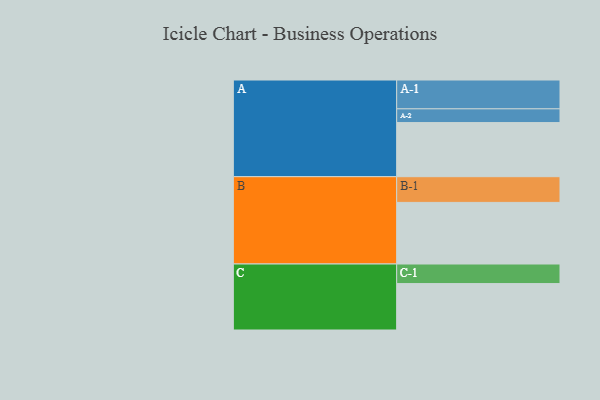
{"axis": {"x": "Segment", "y": "Value"}, "legend": ["", "A", "B", "C"], "data": [{"x": "A", "y": 520, "type": ""}, {"x": "B", "y": 592, "type": ""}, {"x": "C", "y": 446, "type": ""}, {"x": "A-1", "y": 277, "type": "A"}, {"x": "A-2", "y": 132, "type": "A"}, {"x": "B-1", "y": 247, "type": "B"}, {"x": "C-1", "y": 188, "type": "C"}]}